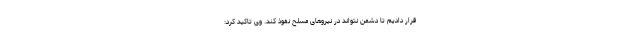
قرار دادیم تا دشمن نتواند در نیروهاى مسلح نفوذ کند. وى تاکید کرد: